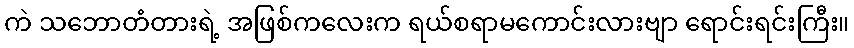
ကဲ သဘောတံတားရဲ့ အဖြစ်ကလေးက ရယ်စရာမကောင်းလားဗျာ ရောင်းရင်းကြီး။